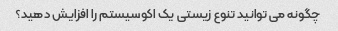
چگونه می توانید تنوع زیستی یک اکوسیستم را افزایش دهید؟